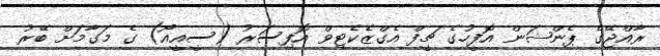
ރާއްޖޭގެ ޕެންޝަން އޮފީހުގެ ޗީފް އެގްޒެކެޓިވް އޮފިސަރު (ސީއީއޯ) ގެ މަގާމަށް ބޭރު